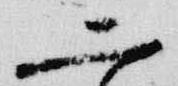
二